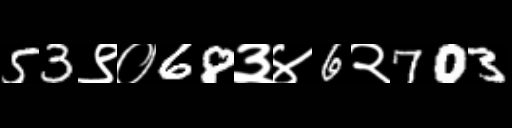
Text: 53९०68३४6२703